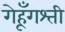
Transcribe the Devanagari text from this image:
गेहूँगश्ती